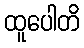
ထူပေါတိ